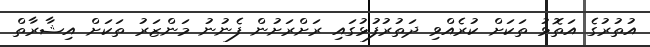
އުތުރުގެ އަތޮޅު ތަކަށް ކުރެއްވި ދަތުރުފުޅުގައި ރަށްރަށުން ފެނުނު މަންޒަރު ތަކަށް އިޝާރާތް